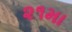
૨૧મા